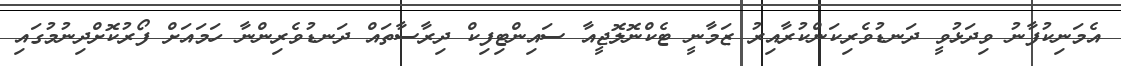
އެމަނިކުފާނު ވިދަޅުވީ ދަނޑުވެރިކަންކުރާއިރު ޒަމާނީ ޓެކްނޮލޮޖީއާ ސައިންޓިފިކް ދިރާސާތައް ދަނޑުވެރިންނާ ހަމައަށް ފޯރުކޮށްދިނުމުގައި